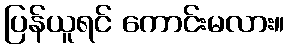
ပြန်ယူရင် ကောင်းမလား။